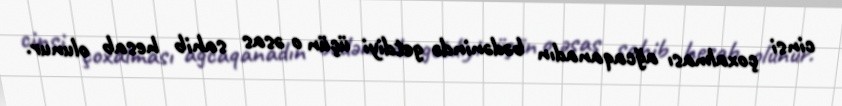
cinsi çoxalması ağcaqanadın bədənində getdiyi üçün o əsas sahib hesab olunur.